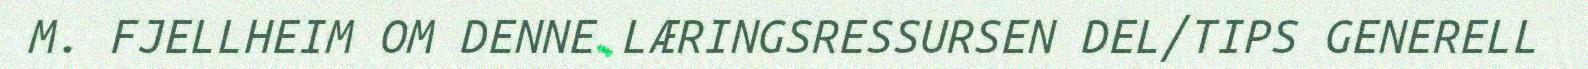
M. FJELLHEIM OM DENNE LÆRINGSRESSURSEN DEL/TIPS GENERELL